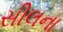
સીલના